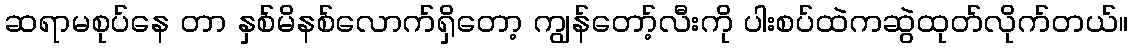
ဆရာမစုပ်နေ တာ နှစ်မိနစ်လောက်ရှိတော့ ကျွန်တော့်လီးကို ပါးစပ်ထဲကဆွဲထုတ်လိုက်တယ်။